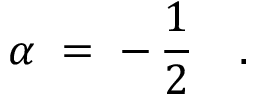
\alpha \; = \; - \, \frac { 1 } { 2 } \quad .